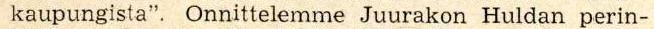
kaupungista". Onnittelemme Juurakon Huldan perin-